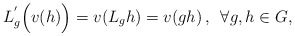
\begin{align*}L_{g}^{'}\Bigl(v(h)\Bigr) = v(L_{g}h) = v(gh)\, , \,\, \, \forall g,h \in G,\end{align*}